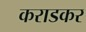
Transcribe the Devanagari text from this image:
कराडकर